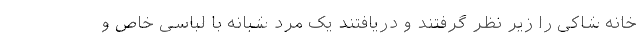
خانه شاکی را زیر نظر گرفتند و دریافتند یک مرد شبانه با لباسی خاص و